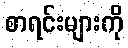
စာရင်းများကို